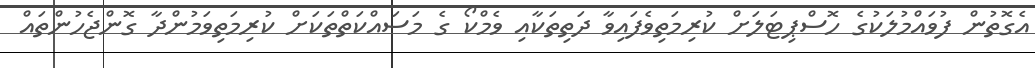
އެގޮތުން ފުވައްމުލަކުގެ ހޮސްޕިޓަލަށް ކުރިމަތިވެފައިވާ ދަތިތަކާއި ވެމްކޯ ގެ މަސައްކަތްތަކަށް ކުރިމަތިވަމުންދާ ގޮންޖެހުންތައް